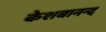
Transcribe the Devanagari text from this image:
केशबानन्द